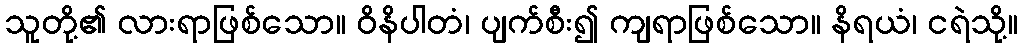
သူတို့၏ လားရာဖြစ်သော။ ဝိနိပါတံ၊ ပျက်စီး၍ ကျရာဖြစ်သော။ နိရယံ၊ ငရဲသို့။